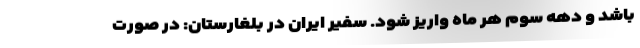
باشد و دهه سوم هر ماه واریز شود. سفیر ایران در بلغارستان: در صورت